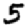
Digit: 5